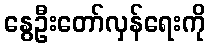
နွေဦးတော်လှန်ရေးကို